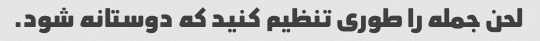
لحن جمله را طوری تنظیم کنید که دوستانه شود.